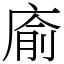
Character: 㢏